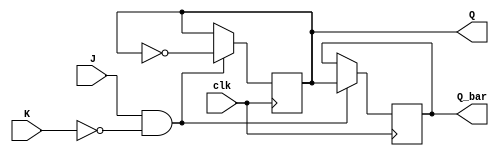
module JK_flipflop (
    input wire J, // set input
    input wire K, // reset input
    input wire clk, // clock input
    output reg Q, // output
    output reg Q_bar // complement output
);

always @(posedge clk) begin
    if (J && !K)
        begin
            Q <= ~Q;
            Q_bar <= Q;
        end
    else if (J && K)
        begin
            // No change in state
        end
end

endmodule